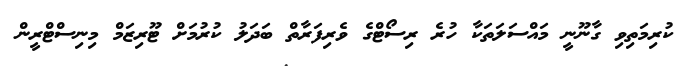
ކުރިމަތިވި ގާނޫނީ މައްސަލަތަކާ ހުރެ ރިސޯޓްގެ ވެރިފަރާތް ބަދަލު ކުރުމަށް ޓޫރިޒަމް މިނިސްޓްރީން